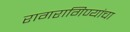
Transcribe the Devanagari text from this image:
रागरागिण्यांचा